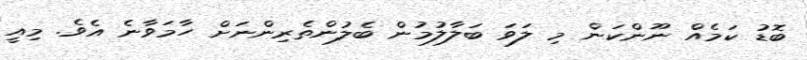
ބޮޑު ކަމެއް ނޫންކަން މި ލަވަ ބަލާލުމުން ބެލުންތެރިންނަށް ހާމަވާނެ އެވެ. މިއީ